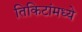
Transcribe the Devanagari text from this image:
तिकिटांमध्ये